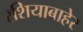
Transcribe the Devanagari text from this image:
रशियाबाहेर